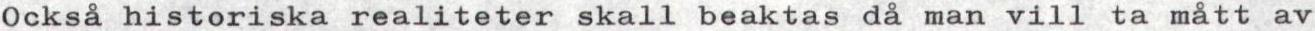
Också historiska realiteter skall beaktas då man vill ta mått av